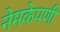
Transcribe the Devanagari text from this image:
नेमकेपणी